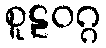
စူဠဝဂ္ဂ